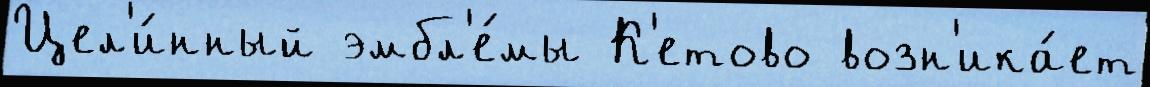
Цел'и́нный эмбл'е́мы К'етово возн'ика́ет